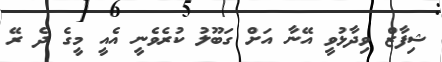
ޝިފާޒް ވިދާޅުވީ އޭނާ އަށް ގަބޫލު ކުރެވެނީ އެއީ މީގެ ދެ ރޭ